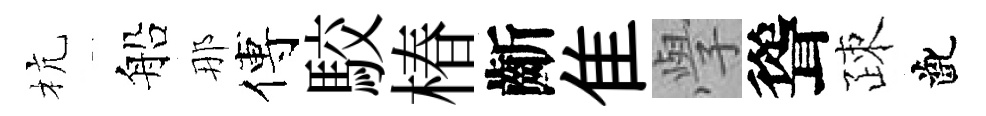
杭船那傅駮椿齗隹𭓕聳疎齔